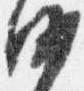
沙